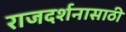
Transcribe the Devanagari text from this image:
राजदर्शनासाठी